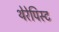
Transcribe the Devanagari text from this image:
थेरेपिस्ट